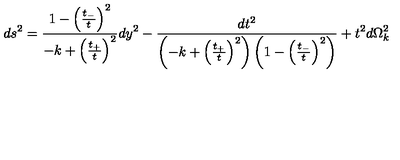
d s ^ { 2 } = \frac { 1 - \left( \frac { t _ { - } } { t } \right) ^ { 2 } } { - k + \left( \frac { t _ { + } } { t } \right) ^ { 2 } } d y ^ { 2 } - \frac { d t ^ { 2 } } { \left( - k + \left( \frac { t _ { + } } { t } \right) ^ { 2 } \right) \left( 1 - \left( \frac { t _ { - } } { t } \right) ^ { 2 } \right) } + t ^ { 2 } d \Omega _ { k } ^ { 2 }